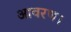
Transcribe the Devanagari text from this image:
आवरण।